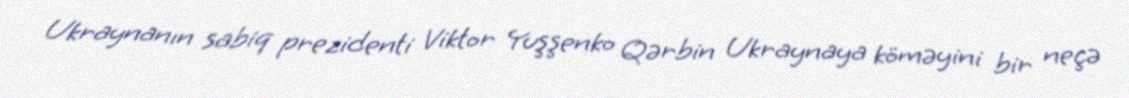
Ukraynanın sabiq prezidenti Viktor Yuşşenko Qərbin Ukraynaya köməyini bir neçə